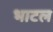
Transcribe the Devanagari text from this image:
भाटल